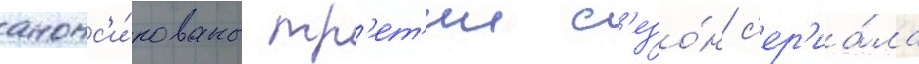
анонс'и́рованы тр'ет'ии с'езо́н с'ер'иа́ла